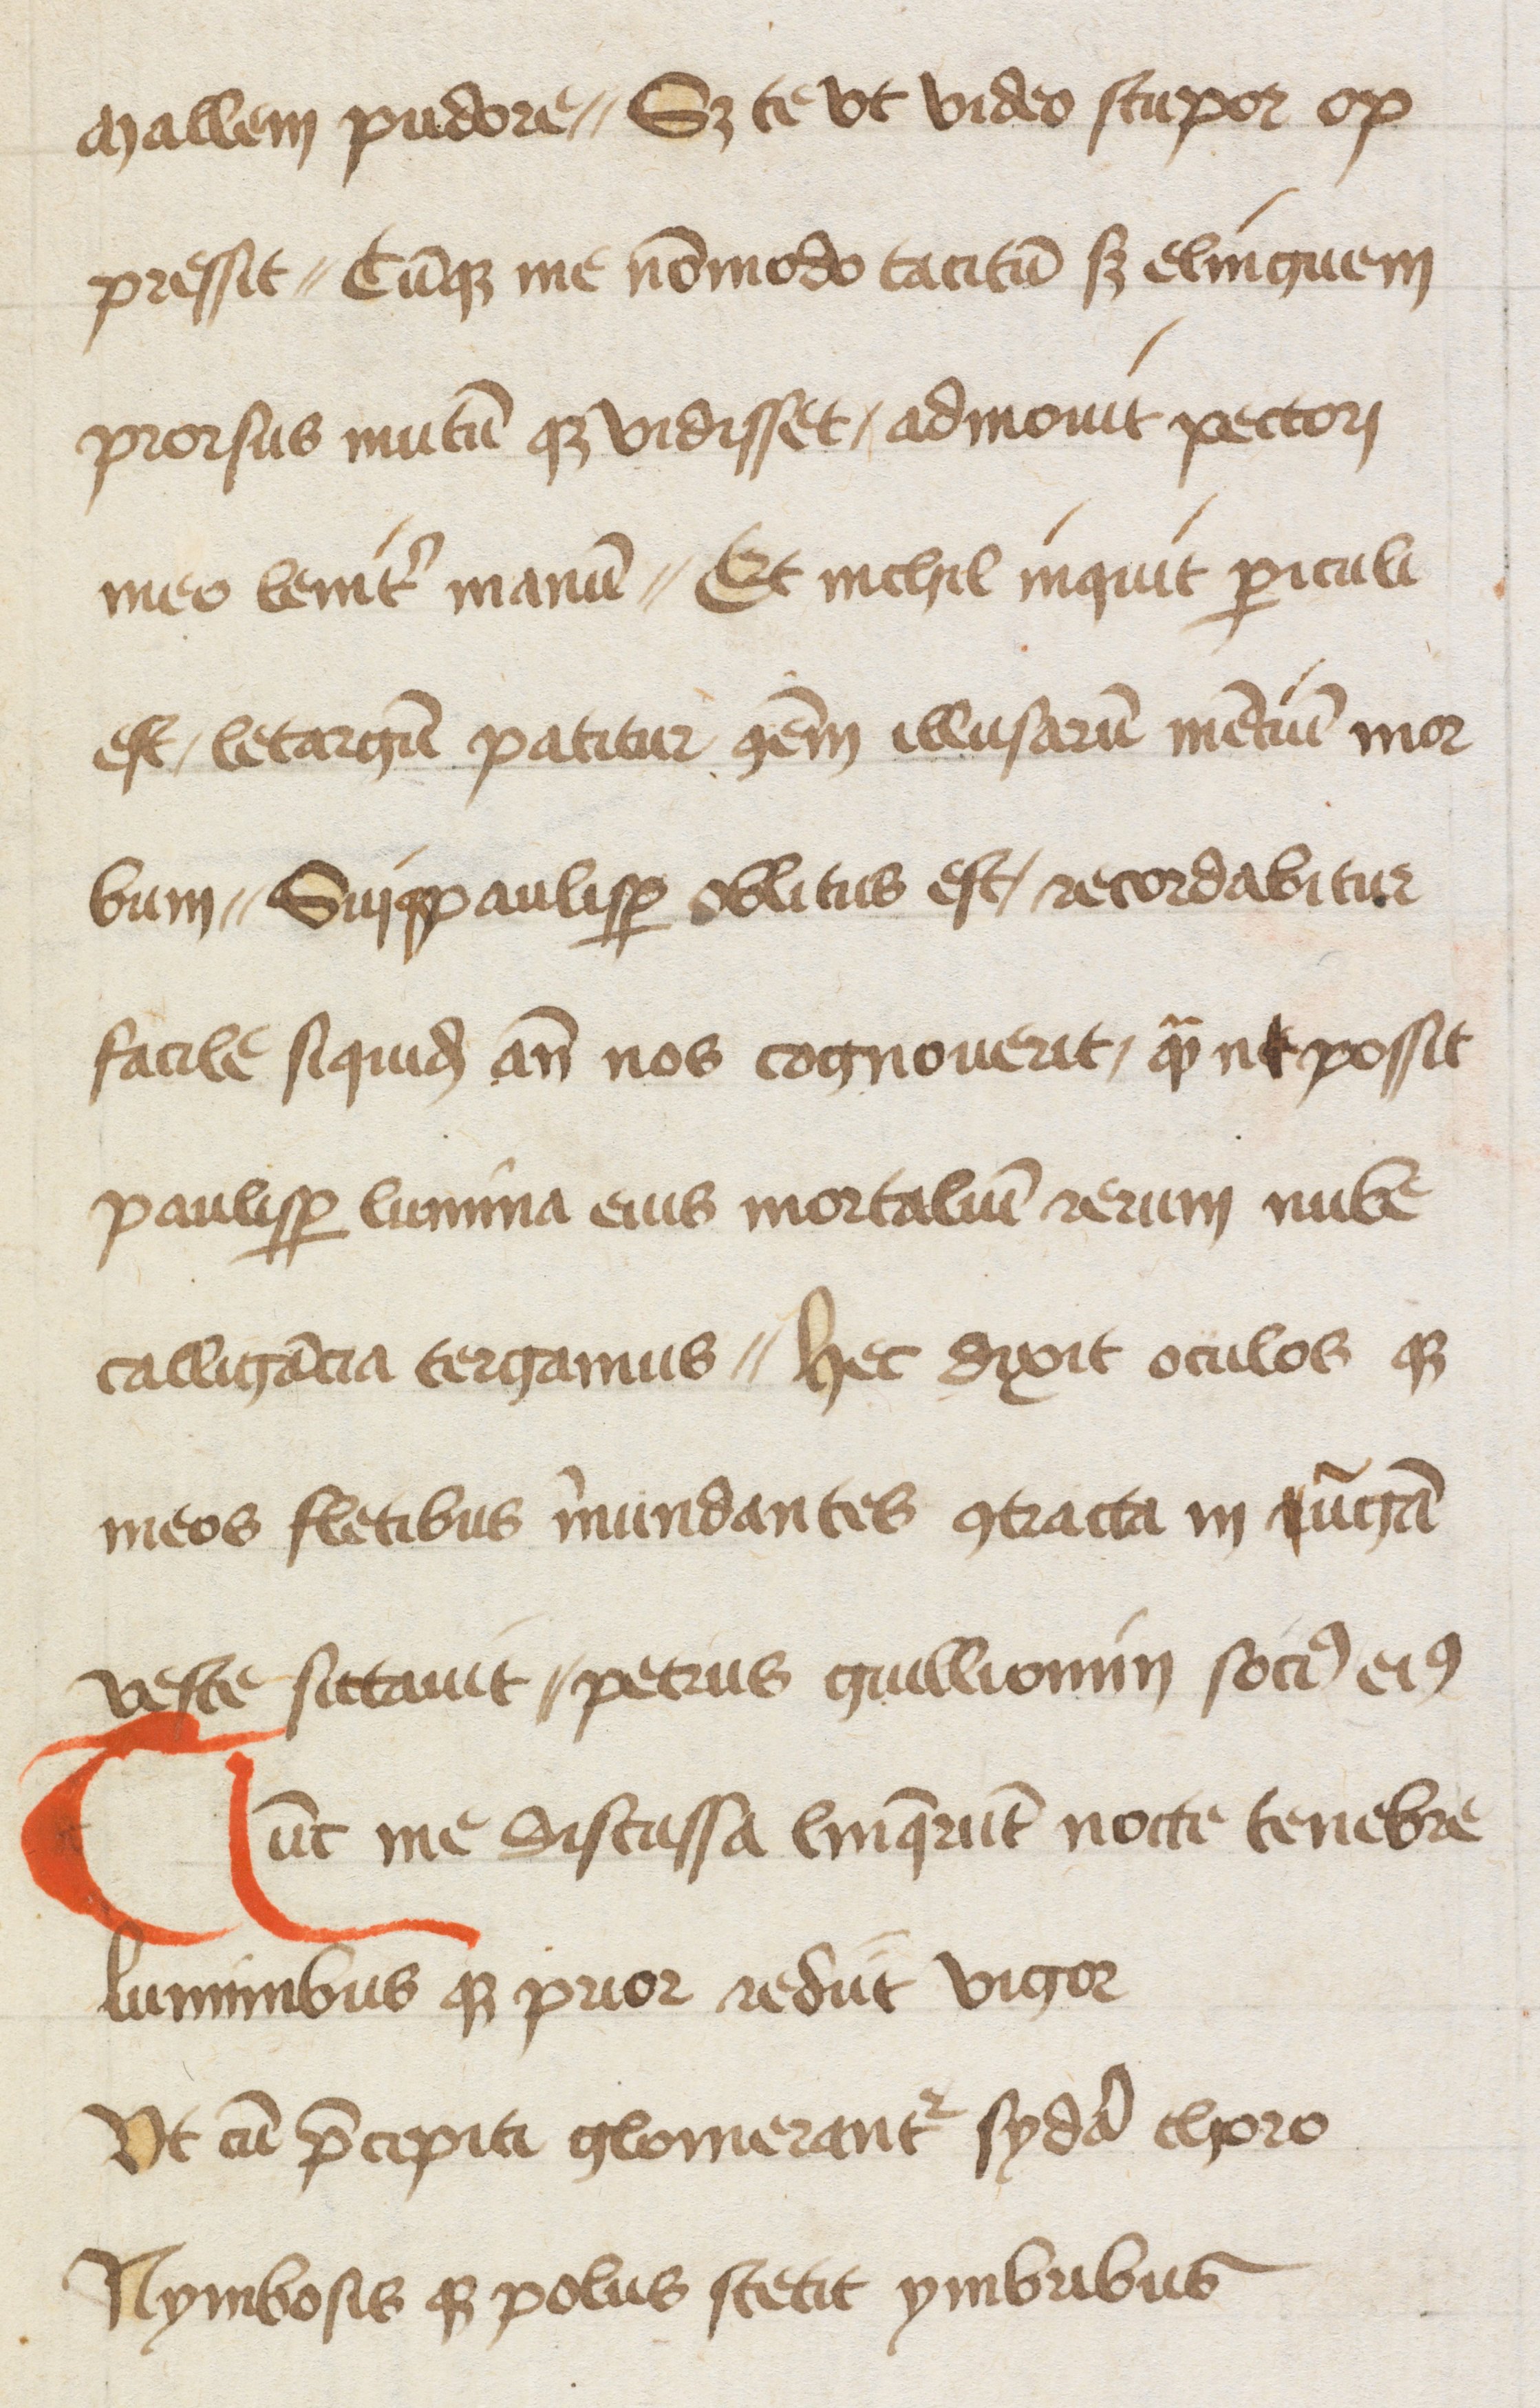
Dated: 1447–1447